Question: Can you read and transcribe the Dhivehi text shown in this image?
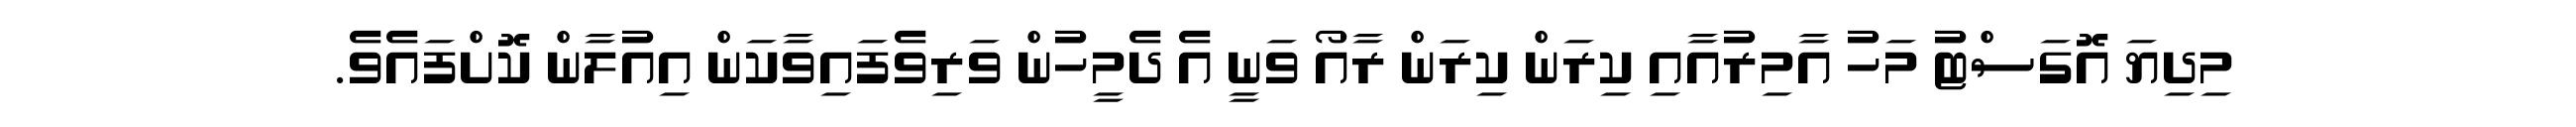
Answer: މިދިޔަ އޮގަސްޓު މަހު އާމިރުއާއި ކިރަން ކިރަން ރާއޯ ވަނީ އެ ދެމީހުން ވަރިވެފައިވާކަން އިއުލާން ކޮށްފައެވެ.